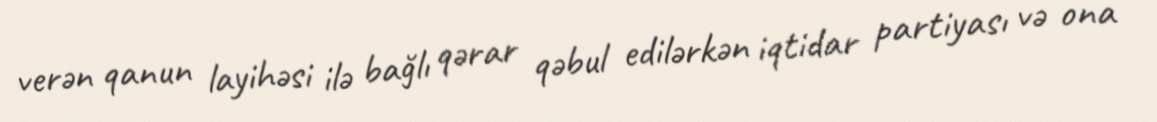
verən qanun layihəsi ilə bağlı qərar qəbul edilərkən iqtidar partiyası və ona